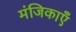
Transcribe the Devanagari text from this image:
मंजिकाएँ